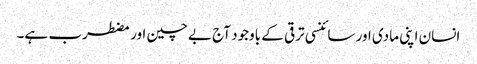
انسان اپنی مادی اور سائنسی ترقی کے باوجود آج بےچین اور مضطرب ہے۔